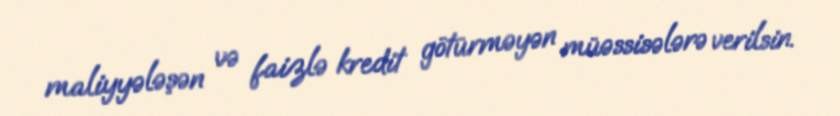
maliyyələşən və faizlə kredit götürməyən müəssisələrə verilsin.